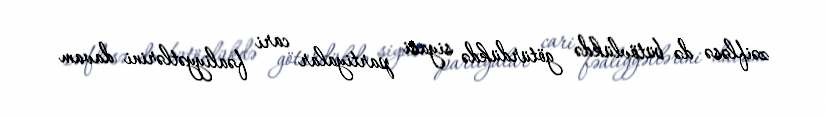
zəifləsə də bütövlükdə götürdükdə siyasi partiyalar cari fəaliyyətlərini davam